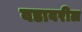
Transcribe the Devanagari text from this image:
वडावरील